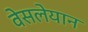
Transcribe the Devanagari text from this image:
वेसलेयान